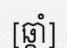
[ឆ្គាំ]